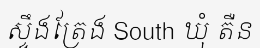
ស្ទឹងត្រែង South ឃុំ តឺន